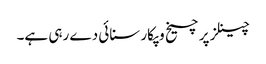
چینلز پر چیخ وپکار سنائی دے رہی ہے۔